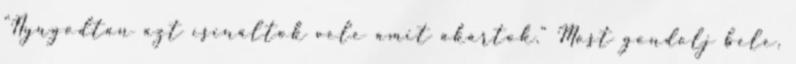
"Nyugodtan azt csináltok vele amit akartok." Most gondolj bele,